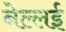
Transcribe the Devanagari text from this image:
नेल्लई